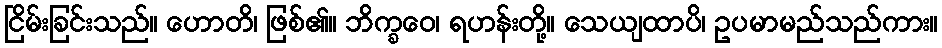
ငြိမ်းခြင်းသည်။ ဟောတိ၊ ဖြစ်၏။ ဘိက္ခဝေ၊ ရဟန်းတို့။ သေယျထာပိ၊ ဥပမာမည်သည်ကား။